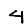
Digit: 4